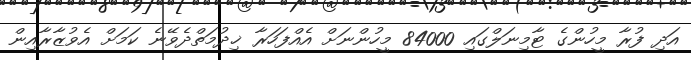
އަދި ފުރާ މީހުންގެ ޓާމިނަލްގައި 84000 މީހުންނަށް އެއްފަހަރާ ޚިދުމަތްދެވޭނެ ކަމަށް އެވުޒާރާއިން